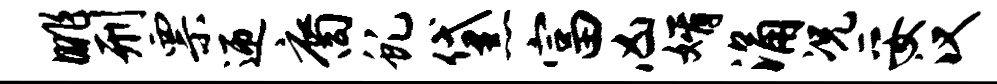
眺刑票迎裔虬黛富凶婿涌况妥汉